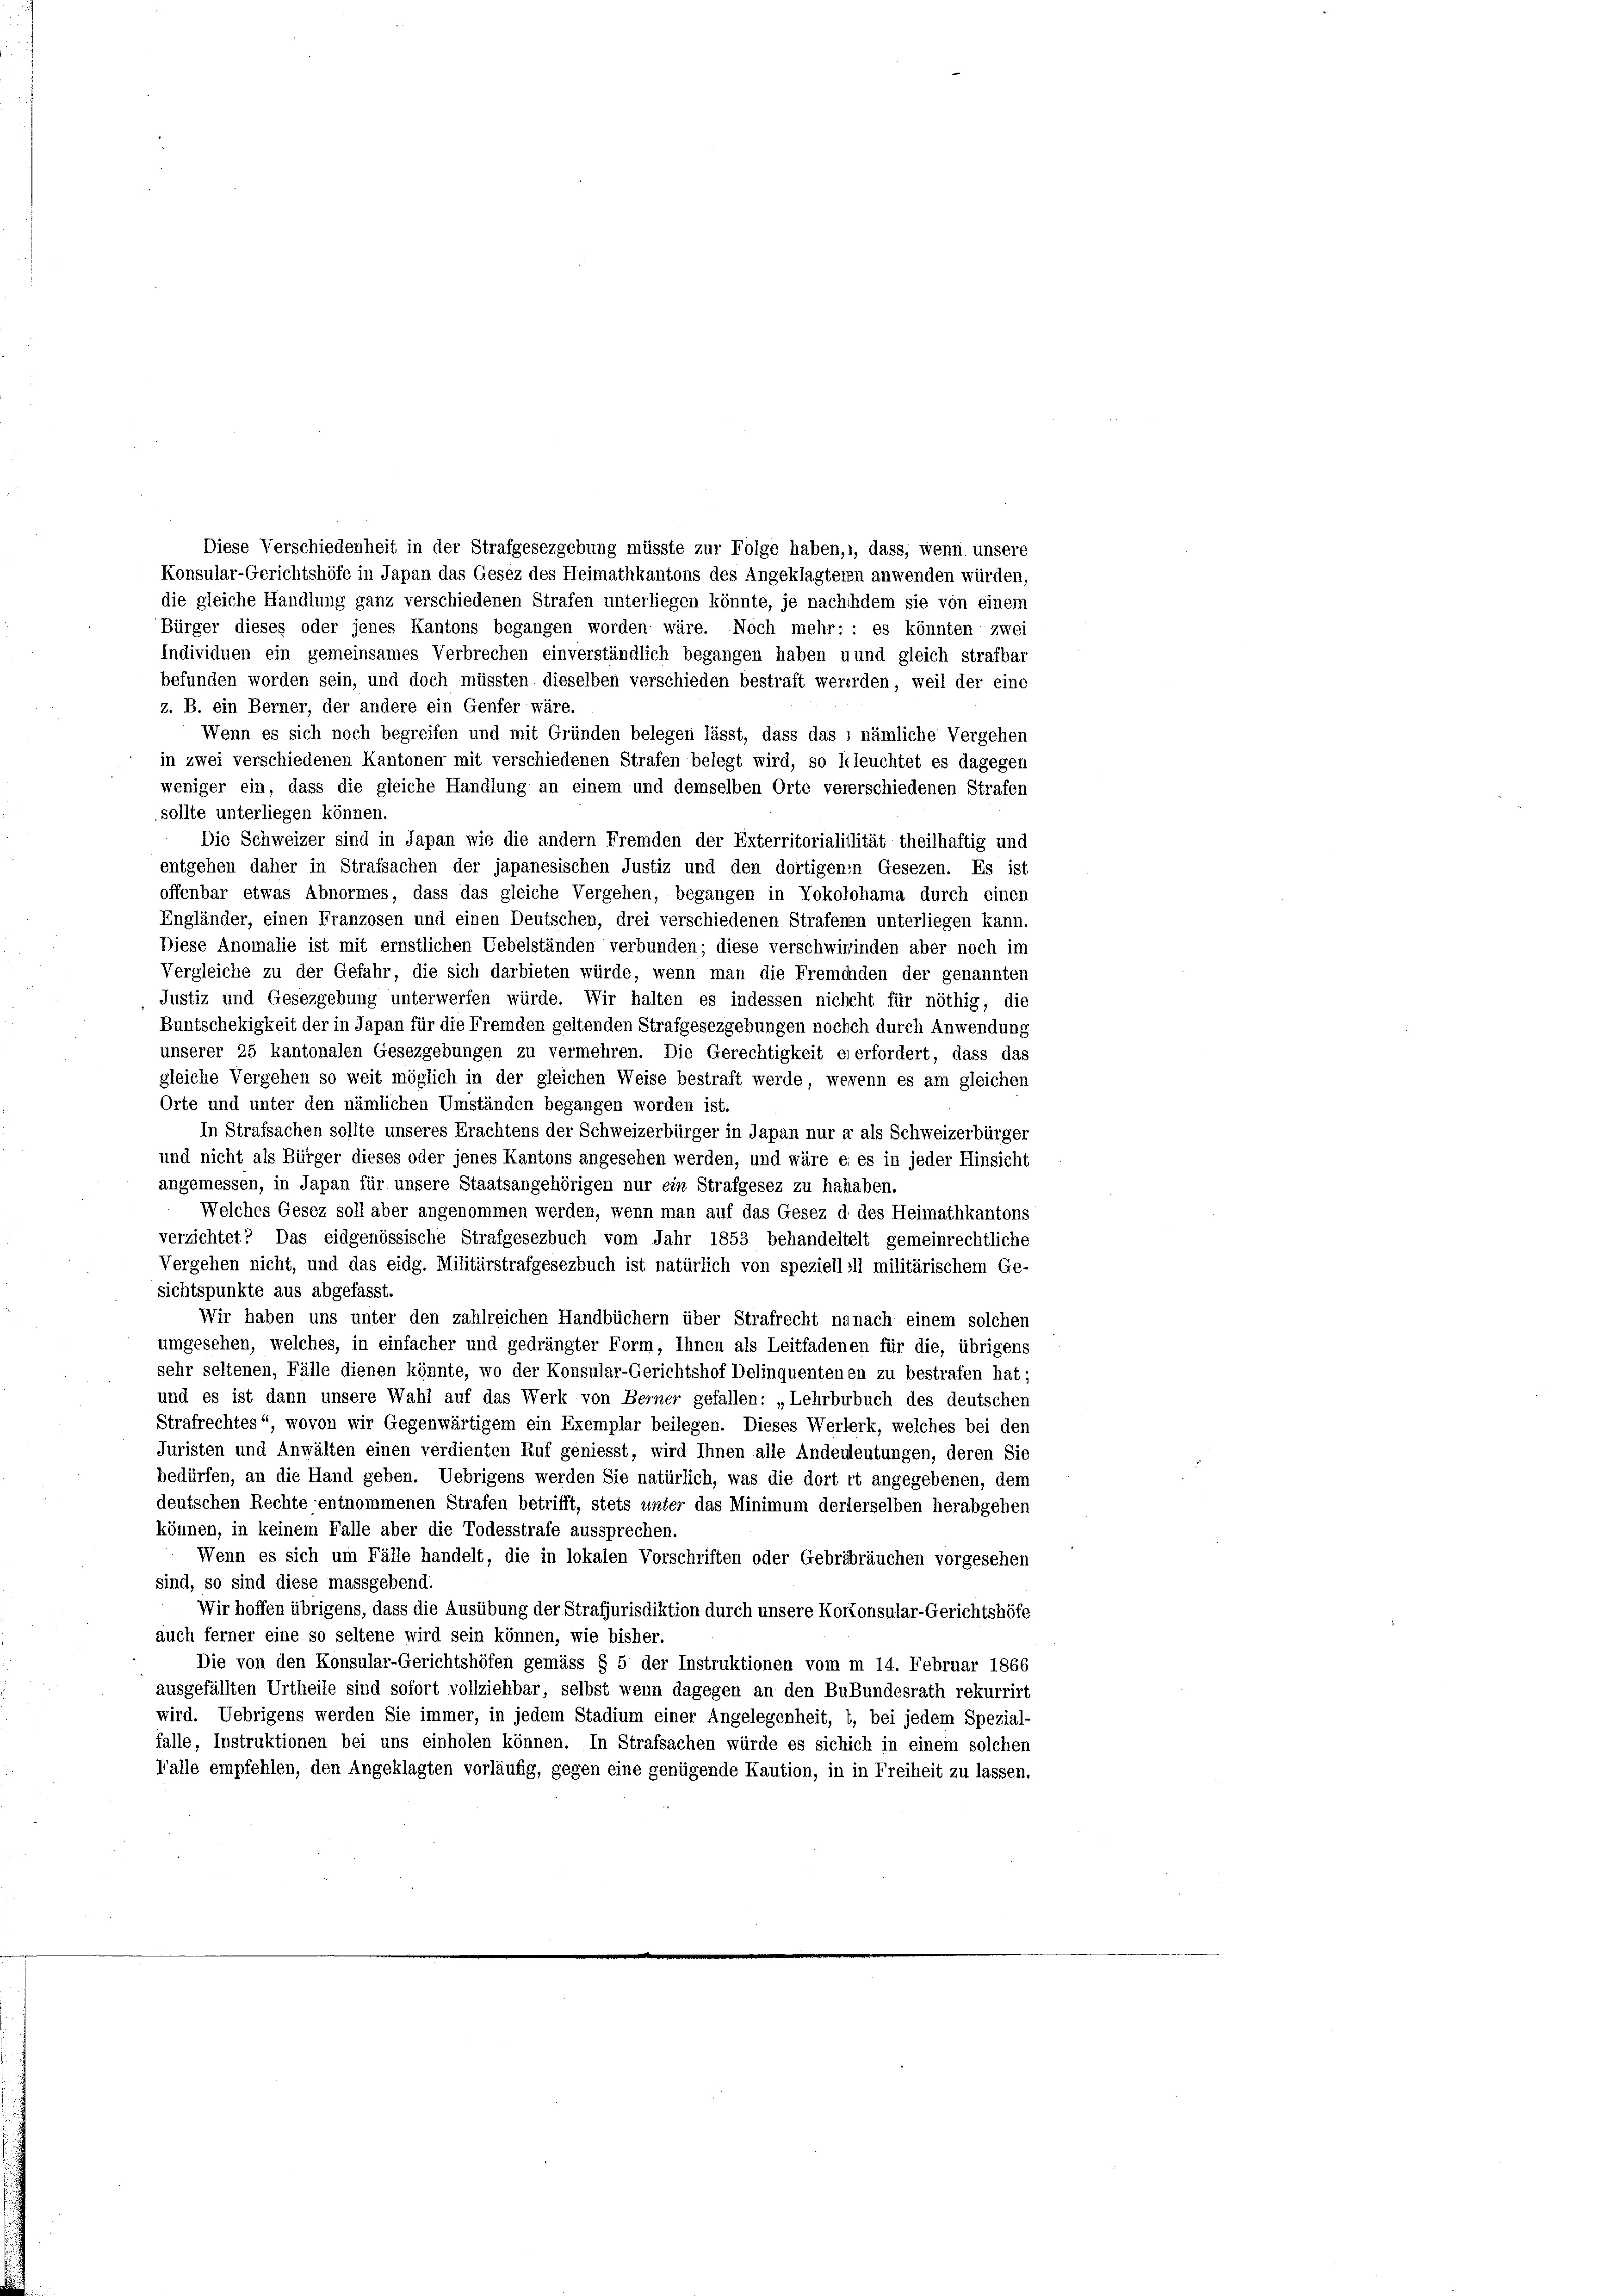
Diese Verschiedenheit in der Strafgesezgebung müsste zur Folge haben,, dass, wenn unsere
Konsular-Gerichtshöfe in Japan das Gesez des Heimathkantons des Angeklagtern anwenden würden,
die gleiche Handlung ganz verschiedenen Strafen unterliegen könnte, je nachdem sie von einem
Bürger dieses oder jenes Kantons begangen worden wäre. Noch mehr: : es könnten zwei
Individuen ein gemeinsames Verbrechen einverständlich begangen haben u und gleich strafbar
befunden worden sein, und doch müssten dieselben verschieden bestraft wererden, weil der eine
z. B. ein Berner, der andere ein Genfer wäre.
Wenn es sich noch begreifen und mit Gründen belegen lässt, dass das ; nämliche Vergehen
in zwei verschiedenen Kantonen mit verschiedenen Strafen belegt wird, so kleuchtet es dagegen
weniger ein, dass die gleiche Handlung an einem und demselben Orte vererschiedenen Strafen
sollte unterliegen können.
entgehen daher in Strafsachen der japanesischen Justiz und den dortigenen Gesezen. Es ist
offenbar etwas Abnormes, dass das gleiche Vergehen, begangen in Yokolohama durch einen
Engländer, einen Franzosen und einen Deutschen, drei verschiedenen Strafenen unterliegen kann.
Diese Anomalie ist mit ernstlichen Uebelständen verbunden; diese verschwirinden aber noch im
Vergleiche zu der Gefahr, die sich darbieten würde, wenn man die Fremenden der genannten
Justiz und Gesezgebung unterwerfen würde. Wir halten es indessen nichcht für nöthig, die
Buntschekigkeit der in Japan für die Fremden geltenden Strafgesezgebungen nochch durch Anwendung
unserer 25 kantonalen Gesezgebungen zu vermehren. Die Gerechtigkeit ei erfordert, dass das
gleiche Vergehen so weit möglich in der gleichen Weise bestraft werde, wegenn es am gleichen
Orte und unter den nämlichen Umständen begangen worden ist.
In Strafsachen sollte unseres Erachtens der Schweizerbürger in Japan nur a als Schweizerbürger
und nicht als Bürger dieses oder jenes Kantons angesehen werden, und wäre es es in jeder Hinsicht
angemessen, in Japan für unsere Staatsangehörigen nur ein Strafgesez zu hahaben.
Welches Gesez soll aber angenommen werden, wenn man auf das Gesez d. des Heimathkantons
verzichtet? Das eidgenössische Strafgesezbuch vom Jahr 1853 behandeltelt gemeinrechtliche
Vergehen nicht, und das eidg. Militärstrafgesezbuch ist natürlich von speziell ill militärischem Ge-
sichtspunkte aus abgefasst.
Wir haben uns unter den zahlreichen Handbüchern über Strafrecht nanach einem solchen
umgesehen, welches, in einfacher und gedrängter Form, Ihnen als Leitfadenen für die, übrigens
sehr seltenen, Fälle dienen könnte, wo der Konsular-Gerichtshof Delinquentenen zu bestrafen hat;
und es ist dann unsere Wahl auf das Werk von Berner gefallen: „Lehrbubuch des deutschen
Strafrechtes“, wovon wir Gegenwärtigem ein Exemplar beilegen. Dieses Werlerk, welches bei den
Juristen und Anwälten einen verdienten Ruf geniesst, wird Ihnen alle Andenleutungen, deren Sie
bedürfen, an die Hand geben. Uebrigens werden Sie natürlich, was die dort rt angegebenen, dem
deutschen Rechte entnommenen Strafen betrifft, stets unter das Minimum dererselben herabgehen
können, in keinem Falle aber die Todesstrafe aussprechen.
Wenn es sich um Fälle handelt, die in lokalen Vorschriften oder Gebräbräuchen vorgesehen
sind, so sind diese massgebend.
Wir hoffen übrigens, dass die Ausübung der Strafjurisdiktion durch unsere Kontonsular-Gerichtshöfe
auch ferner eine so seltene wird sein können, wie bisher.
Die von den Konsular-Gerichtshöfen gemäss § 5 der Instruktionen vom m 14. Februar 1866
ausgefällten Urtheile sind sofort vollziehbar, selbst wenn dagegen an den Bubundesrath rekurrirt
wird. Uebrigens werden Sie immer, in jedem Stadium einer Angelegenheit, t, bei jedem Spezial-
falle, Instruktionen bei uns einholen können. In Strafsachen würde es sichich in einem solchen
Falle empfehlen, den Angeklagten vorläufig, gegen eine genügende Kaution, in in Freiheit zu lassen.

Die Schweizer sind in Japan wie die andern Fremden der Exterritorialitlität theilhaftig und